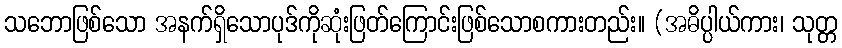
သဘောဖြစ်သော အနက်ရှိသောပုဒ်ကိုဆုံးဖြတ်ကြောင်းဖြစ်သောစကားတည်း။ (အဓိပ္ပါယ်ကား၊ သုတ္တ